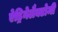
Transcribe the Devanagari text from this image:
ऐड्रिनेलैक्टोमी